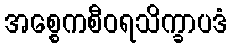
အစ္စေကစီဝရသိက္ခာပဒံ